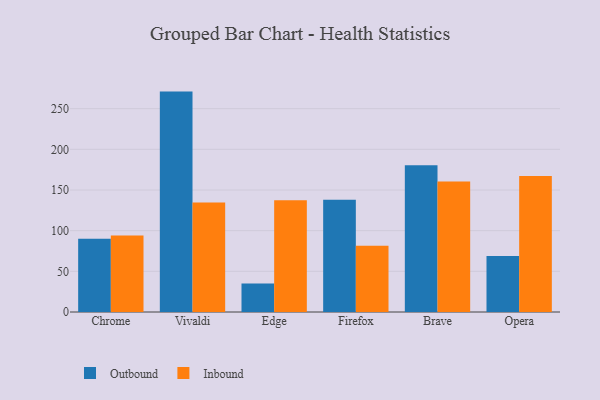
{"axis": {"x": "Browser", "y": "Shipments"}, "legend": ["Inbound", "Outbound"], "data": [{"x": "Chrome", "y": 90.1, "type": "Outbound"}, {"x": "Chrome", "y": 94.0, "type": "Inbound"}, {"x": "Vivaldi", "y": 271.0, "type": "Outbound"}, {"x": "Vivaldi", "y": 134.6, "type": "Inbound"}, {"x": "Edge", "y": 35.0, "type": "Outbound"}, {"x": "Edge", "y": 137.5, "type": "Inbound"}, {"x": "Firefox", "y": 137.9, "type": "Outbound"}, {"x": "Firefox", "y": 81.4, "type": "Inbound"}, {"x": "Brave", "y": 180.3, "type": "Outbound"}, {"x": "Brave", "y": 160.6, "type": "Inbound"}, {"x": "Opera", "y": 68.9, "type": "Outbound"}, {"x": "Opera", "y": 167.1, "type": "Inbound"}]}